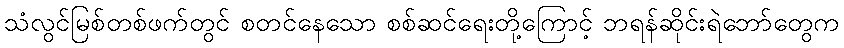
သံလွင်မြစ်တစ်ဖက်တွင် စတင်နေသော စစ်ဆင်ရေးတို့ကြောင့် ဘရန်ဆိုင်းရဲဘော်တွေက